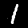
Digit: 1